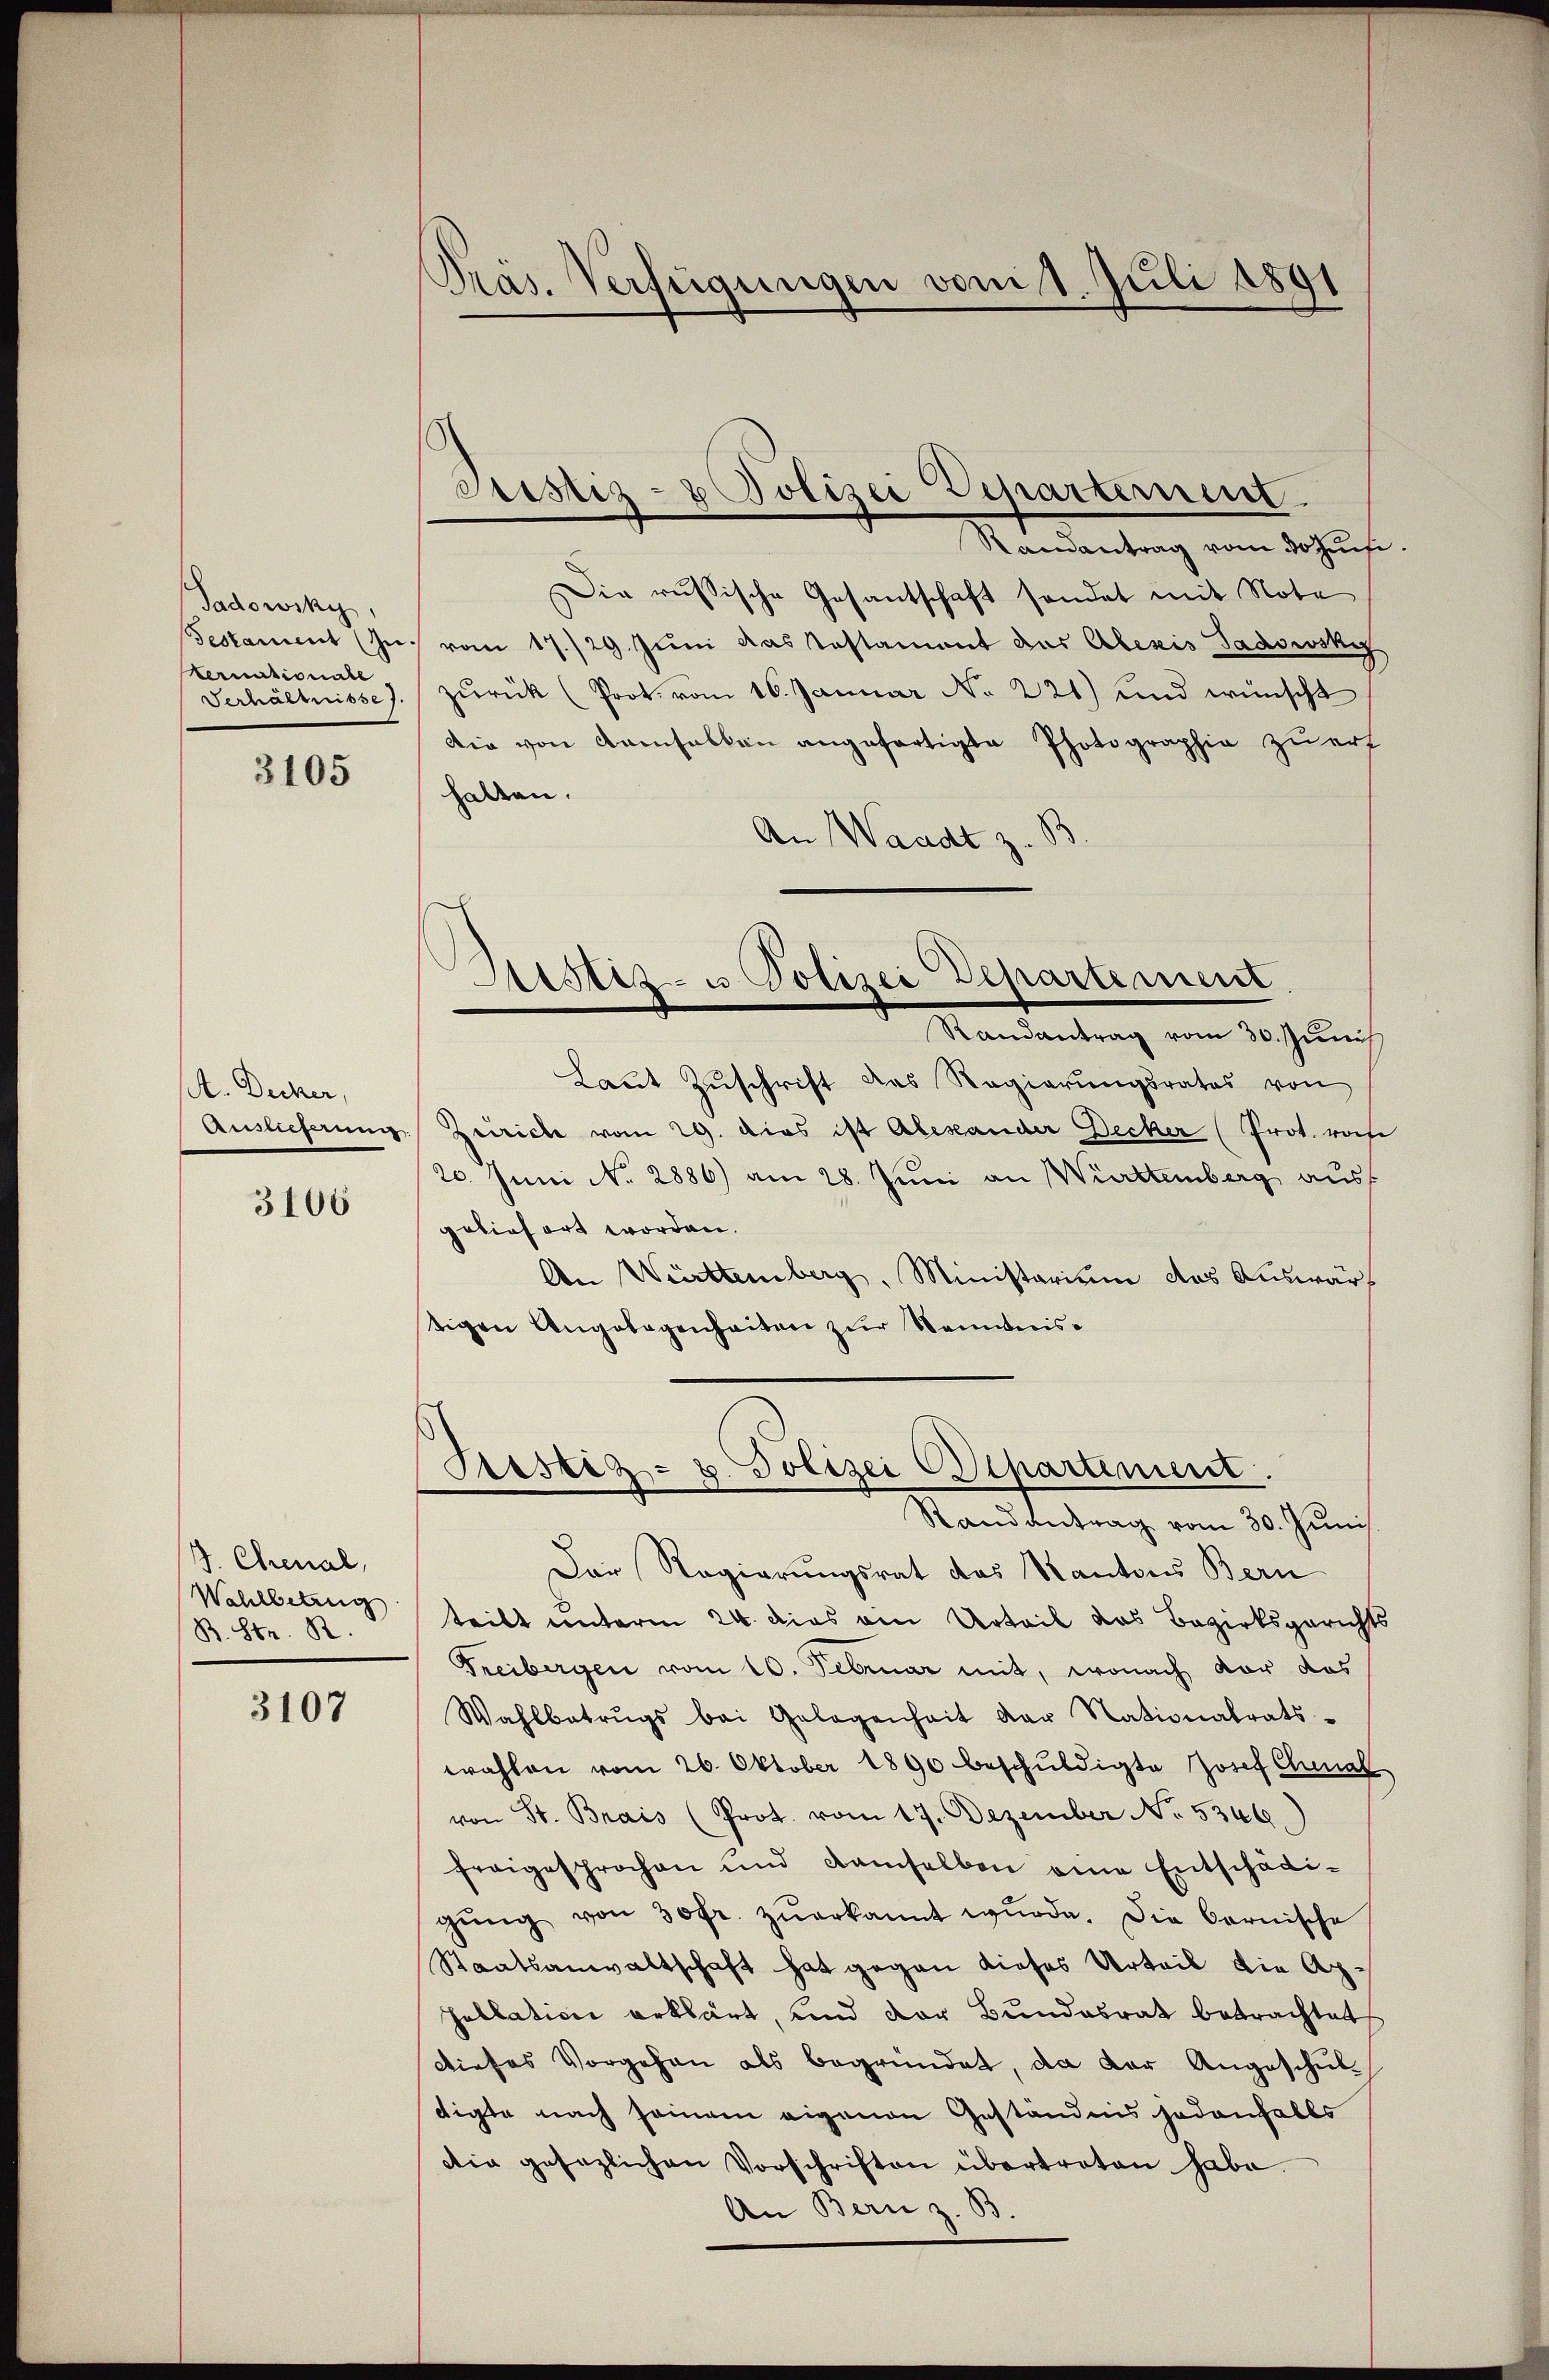
Tadowiky,
Gestament (zu.
ernationale
Verhälnisse 7.

3105

A. Decker,
Auslieferung.
3106

J. Chenal,
Wahlbetrug
B. Str. R.

3107

Präs. Verfügungen vom 1. Juli 1891

Cristiz- & Polizei Departerient.

Randantrag vom 30 Juni
Die russische Gesantschaft sendet mit Note
 vom 17./29. Juni das Testament des Aberis Gadowsky
zŭrück (Prot. vom 16. Januar No 221) und wünscht
Die von Kamsalten angefertigte Photographie zu erf
halten.
An Waadt z. B
c
Sistiz- u Polizei Departement
Randantrag vom 30. Junis
Laŭt Zŭschrift das Regierŭngsrates von
Zeiriche vom 29. dies ist Alexander Decker (Prot. rohe
20. Juni No 2886) am 28. Juni an Württemberg ausf
geliefert worden.
An Württemberg, Ministerium das Auswärtigen Angelegenheiten zur Nominis¬

Justiz- u. Polizei Departement.
Randantrag vom 30. Juni

6

Der Regierungsrat des Kantons Bern
teilt unterm 24. dies am Urteil das Bezirksgerichts
Treibergen vom 10. Februar mit, wonach vor das
Wahlbatrŭgs bei Gelegenheit der Nationalrats-
wahlen vom 26. Oktober 1890 beschŭldigte Josef Chenal
von St. Brais (Prot. vom 17. Dezember No. 5349.
freigesprochen und damselben eine Entschädigŭng von 30fr. zŭerkannt wŭrde. Die Cornische
Staatsanwaltschaft hat gegen dieses Urteil die Apsullation erklärt, und der Bundesrat betrachtet,
dieses Vorgehen als begründet, da der Angeschuldigte nach seinem eigenen Geständnis jedenfalls
die gesezlichen Vorschriften übertreten habe.
An Bern z. B